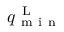
q _ { \mathrm { ~ m ~ i ~ n ~ } } ^ { \mathrm { ~ L ~ } }